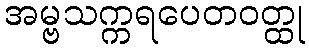
အမ္ဗသက္ကရပေတဝတ္ထု